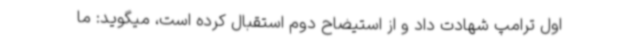
اول ترامپ شهادت داد و از استیضاح دوم استقبال کرده است، میگوید: ما